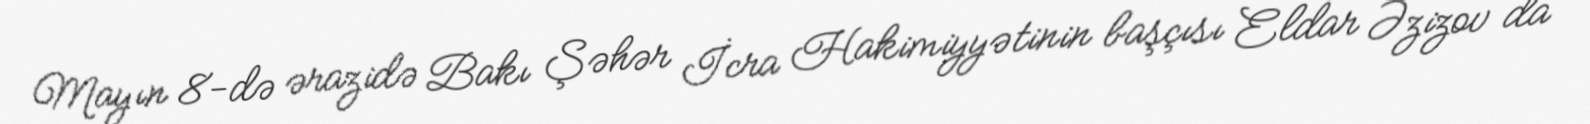
Mayın 8-də ərazidə Bakı Şəhər İcra Hakimiyyətinin başçısı Eldar Əzizov da